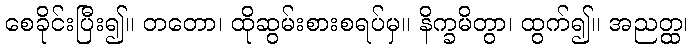
စေခိုင်းပြီး၍။ တတော၊ ထိုဆွမ်းစားစရပ်မှ။ နိက္ခမိတွာ၊ ထွက်၍။ အညတ္ထ၊